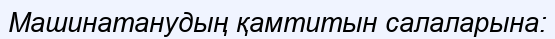
Машинатанудың қамтитын салаларына: